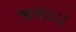
જાણકાર